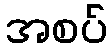
အစပ်